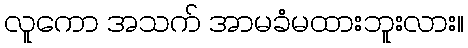
လူကော အသက် အာမခံမထားဘူးလား။